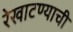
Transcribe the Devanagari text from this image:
रेखाटण्याची